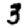
Digit: 3